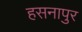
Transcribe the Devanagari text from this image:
हसनापुर